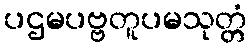
ပဌမပဗ္ဗတူပမသုတ္တံ